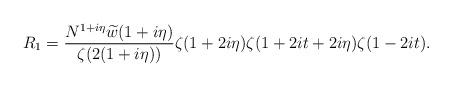
LaTeX: \begin{align*} R_1 = \frac{N^{1+i\eta} \widetilde{w}(1+i\eta) }{\zeta(2(1+i\eta))} \zeta(1+2i\eta) \zeta(1+2it + 2i \eta) \zeta(1-2it).\end{align*}